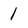
Character: l